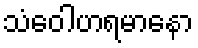
သံဝေါဟရမာနော